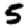
Digit: 5